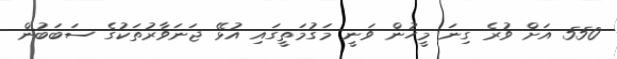
550 އަށް ވުރެ ގިނަ މީހުން ވަނީ މަގުމަތީގައި އުޅޭ ޖަނަވާރުތަކުގެ ސަބަބުން